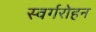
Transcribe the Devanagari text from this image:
स्वर्गरोहन